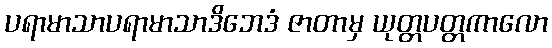
ပရာမာသာပရာမာသာဒိဘေဒံ ဇာတာမှ ယုတ္တပတ္တကာလော